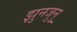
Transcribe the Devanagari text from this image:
झुनजुनु